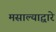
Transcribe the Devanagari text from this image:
मसाल्याद्वारे